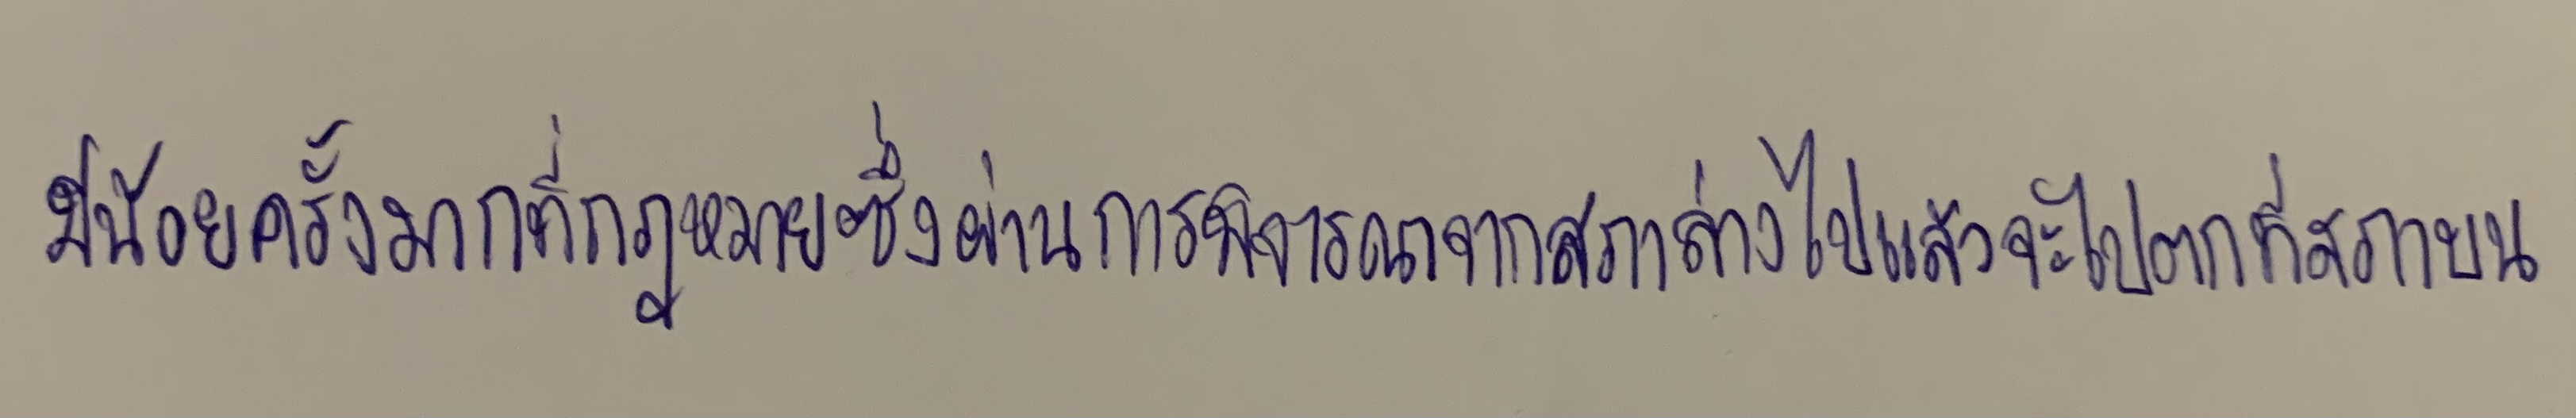
มีน้อยครั้งมากที่กฎหมายซึ่งผ่านการพิจารณาจากสภาล่างไปแล้วจะไปตกที่สภาบน